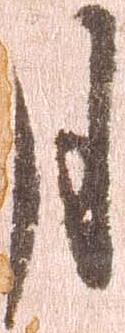
月